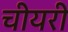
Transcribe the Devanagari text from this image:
चीयरी